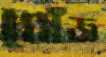
ঘোঁজ